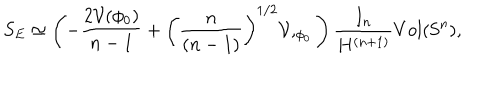
LaTeX: S _ { E } \simeq \left( - \frac { 2 { \cal V } ( \phi _ { 0 } ) } { n - 1 } + \left( \frac { n } { ( n - 1 ) } \right) ^ { 1 / 2 } { \cal V } , _ { \phi _ { 0 } } \right) \frac { I _ { n } } { H ^ { ( n + 1 ) } } V o l ( \mathrm { S } ^ { n } ) ,